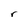
Character: r